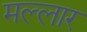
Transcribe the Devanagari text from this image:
मल्लार